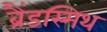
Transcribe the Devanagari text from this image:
ब्रैंडस्मिथ